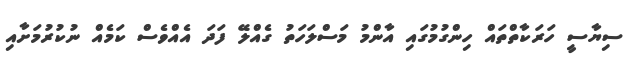
ސިޔާސީ ހަރަކާތްތައް ހިންގުމުގައި އާންމު މަސްލަހަތު ގެއްލޭ ފަދަ އެއްވެސް ކަމެއް ނުކުރުމަށާއި